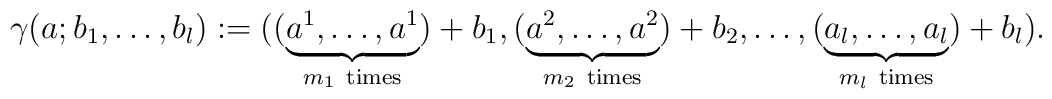
\gamma(a;b_1,\ldots,b_l) :=((\underbrace{a^1,\ldots,a^1}_{m_1{\ \rm times}})+b_1,(\underbrace{a^2,\ldots,a^2}_{m_2{\ \rm times}})+b_2,\ldots,(\underbrace{a_l,\ldots,a_l}_{m_l{\ \rm times}})+b_l).